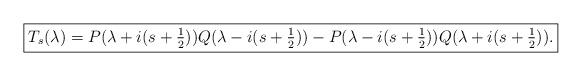
LaTeX: \begin{align*}\fbox{$T_s(\lambda) = P(\lambda+i(s+\frac{1}{2}))Q(\lambda-i(s+\frac{1}{2})) -P(\lambda-i(s+\frac{1}{2})) Q(\lambda+i(s+\frac{1}{2})).$}\end{align*}